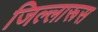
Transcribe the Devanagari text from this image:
जिल्लारूस